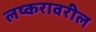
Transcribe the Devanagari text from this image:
लष्करावरील